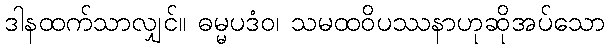
ဒါနထက်သာလျှင်။ ဓမ္မပဒံဝ၊ သမထဝိပဿနာဟုဆိုအပ်သော